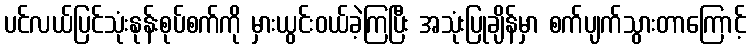
ပင်လယ်ပြင်သုံးနုန်းစုပ်စက်ကို မှားယွင်းဝယ်ခဲ့ကြပြီး အသုံးပြုချိန်မှာ စက်ပျက်သွားတာကြောင့်